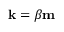
{ \bf k } = \beta { \bf m }